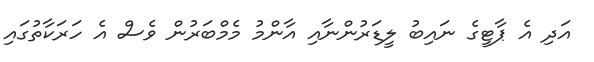
އަދި އެ ޕާޓީގެ ނައިބު ލީޑަރުންނާއި އާންމު މެމްބަރުން ވެސް އެ ހަރަކާތުގައި